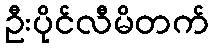
ဦးပိုင်လီမိတက်